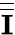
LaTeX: \overline{{\overline{{\mathbf{I}}}}}